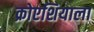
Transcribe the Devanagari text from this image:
क्रोएशियाला